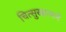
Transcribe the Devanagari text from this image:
चित्सुखात्मने